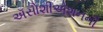
ઍસોશીએશનની